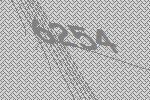
6254